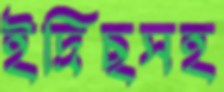
ইদ্রিছসহ